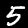
Label: 5